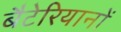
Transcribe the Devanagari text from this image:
बैटेरियानों